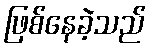
ဖြစ်နေခဲ့သည်